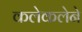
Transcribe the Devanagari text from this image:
कलेकलेने